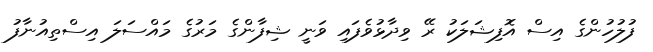
ފުލުހުންގެ އިސް އޮފިޝަލަކު ރޭ ވިދާޅުވެފައި ވަނީ ޝިފާންގެ މަރުގެ މައްސަލަ އިސްތިއުނާފު